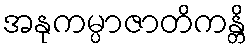
အနုကမ္ပာဇာတိကန္တိ